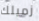
زميلك